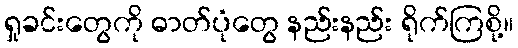
ရှုခင်းတွေကို ဓာတ်ပုံတွေ နည်းနည်း ရိုက်ကြစို့။